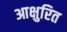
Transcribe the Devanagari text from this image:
आक्षुरित